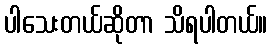
ပါသေးတယ်ဆိုတာ သိရပါတယ်။